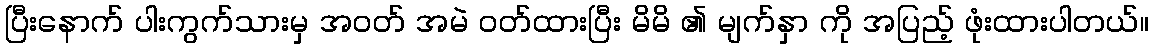
ပြီးနောက် ပါးကွက်သားမှ အဝတ် အမဲ ဝတ်ထားပြီး မိမိ ၏ မျက်နှာ ကို အပြည့် ဖုံးထားပါတယ်။